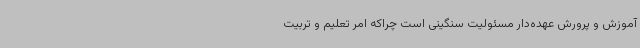
آموزش و پرورش عهده‌دار مسئولیت سنگینی است چراکه امر تعلیم و تربیت